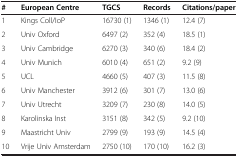
<table><thead><tr><td><b>#</b></td><td><b>European Centre</b></td><td><b>TGCS</b></td><td><b>Records</b></td><td><b>Citations/paper</b></td></tr></thead><tbody><tr><td>1</td><td>Kings Coll/IoP</td><td>16730 (1)</td><td>1346 (1)</td><td>12.4 (7)</td></tr><tr><td>2</td><td>Univ Oxford</td><td>6497 (2)</td><td>352 (4)</td><td>18.5 (1)</td></tr><tr><td>3</td><td>Univ Cambridge</td><td>6270 (3)</td><td>340 (6)</td><td>18.4 (2)</td></tr><tr><td>4</td><td>Univ Munich</td><td>6010 (4)</td><td>651 (2)</td><td>9.2 (9)</td></tr><tr><td>5</td><td>UCL</td><td>4660 (5)</td><td>407 (3)</td><td>11.5 (8)</td></tr><tr><td>6</td><td>Univ Manchester</td><td>3912 (6)</td><td>301 (7)</td><td>13.0 (6)</td></tr><tr><td>7</td><td>Univ Utrecht</td><td>3209 (7)</td><td>230 (8)</td><td>14.0 (5)</td></tr><tr><td>8</td><td>Karolinska Inst</td><td>3151 (8)</td><td>342 (5)</td><td>9.2 (10)</td></tr><tr><td>9</td><td>Maastricht Univ</td><td>2799 (9)</td><td>193 (9)</td><td>14.5 (4)</td></tr><tr><td>10</td><td>Vrije Univ Amsterdam</td><td>2750 (10)</td><td>170 (10)</td><td>16.2 (3)</td></tr></tbody></table>